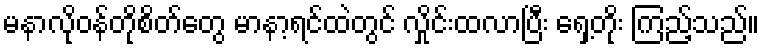
မနာလိုဝန်တိုစိတ်တွေ မာနာ့ရင်ထဲတွင် လှိုင်းထလာပြီး ရှေ့တိုး ကြည့်သည်။